Leaving Certificate Examination, 1914
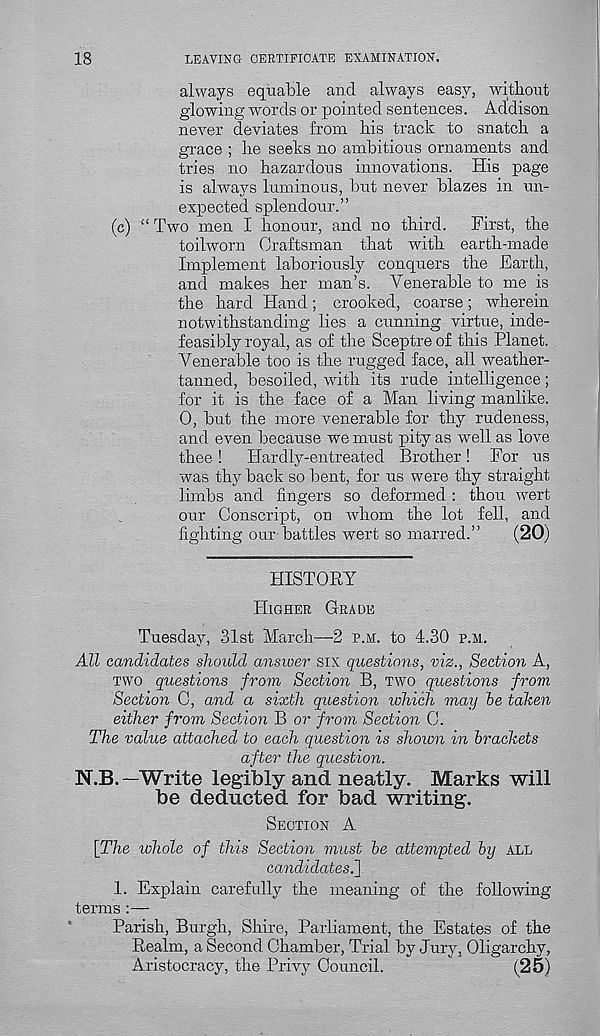
18
LEAVING CERTIFICATE EXAMINATION.
always equable and always easy, without
glowing words or pointed sentences. Addison
never deviates from his track to snatch a
grace ; he seeks no ambitious ornaments and
tries no hazardous innovations. His page
is always luminous, but never blazes in un-
expected splendour.”
(c) “Two men I honour, and no third. First, the
toilworn Craftsman that with earth-made
Implement laboriously conquers the Earth,
and makes her man’s. Venerable to me is
the hard Hand; crooked, coarse; wherein
notwithstanding lies a cunning virtue, inde-
feasibly royal, as of the Sceptre of this Planet.
Venerable too is the rugged face, all weather-
tanned, besoiled, with its rude intelligence;
for it is the face of a Man living manlike.
0, but the more venerable for thy rudeness,
and even because we must pity as well as love
thee! Hardly-entreated Brother! For us
was thy back so bent, for us were thy straight
limbs and fingers so deformed : thou wert
our Conscript, on whom the lot fell, and
lighting our-battles wert so marred.”
(20)
HISTORY
HIGHER GRADE
Tuesday, 31st March—2 P.M. to 4.30 P.M.
All candidates should answer six questions, viz., Section A,
TWO questions from Section B, TWO questions from
Section C, and a sixth question which may be taken
either from Section B or from Section C.
The value attached to each question is shown in brackets
after the question.
N.B.—Write legibly and neatly. Marks will
be deducted for bad writing.
SECTION A
\The whole of this Section must be attempted by ALT,
candidates^]
1. Explain carefully the meaning of the following
terms :—
Parish, Burgh, Shire, Parliament, the Estates of the
Realm, a Second. Chamber, Trial by Jury, Oligarchy,
Aristocracy, the Privy Council.
(25)